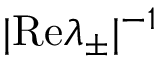
\vert \mathrm { R e } \lambda _ { \pm } \vert ^ { - 1 }